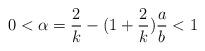
LaTeX: \begin{align*} 0 < \alpha = \frac 2 k - (1 + \frac 2 k)\frac a b < 1 \end{align*}